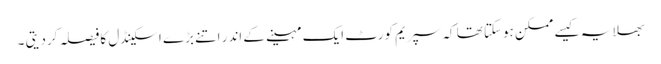
بھلا یہ کیسے ممکن ہوسکتا تھا کہ سپریم کورٹ ایک مہینے کے اندر اتنے بڑے اسکینڈل کا فیصلہ کردیتی ۔